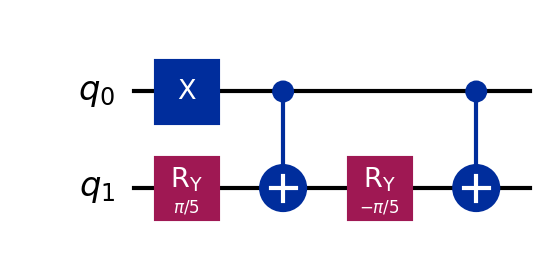
Description: UCCSD ansatz for H2 molecule
描述: H2分子的UCCSD拟设
Category: variational (difficulty: intermediate)
Qubits: 2, circuit depth: 4

Braket implementation:
import math
from braket.circuits import Circuit
circuit = Circuit()
circuit.x(0)
circuit.ry(1, math.pi / 5)
circuit.cnot(0, 1)
circuit.ry(1, -math.pi / 5)
circuit.cnot(0, 1)